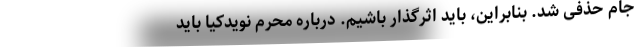
جام حذفی شد. بنابراین، باید اثرگذار باشیم. درباره محرم نویدکیا باید